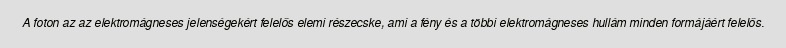
A foton az az elektromágneses jelenségekért felelős elemi részecske, ami a fény és a többi elektromágneses hullám minden formájáért felelős.